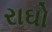
રાઘો